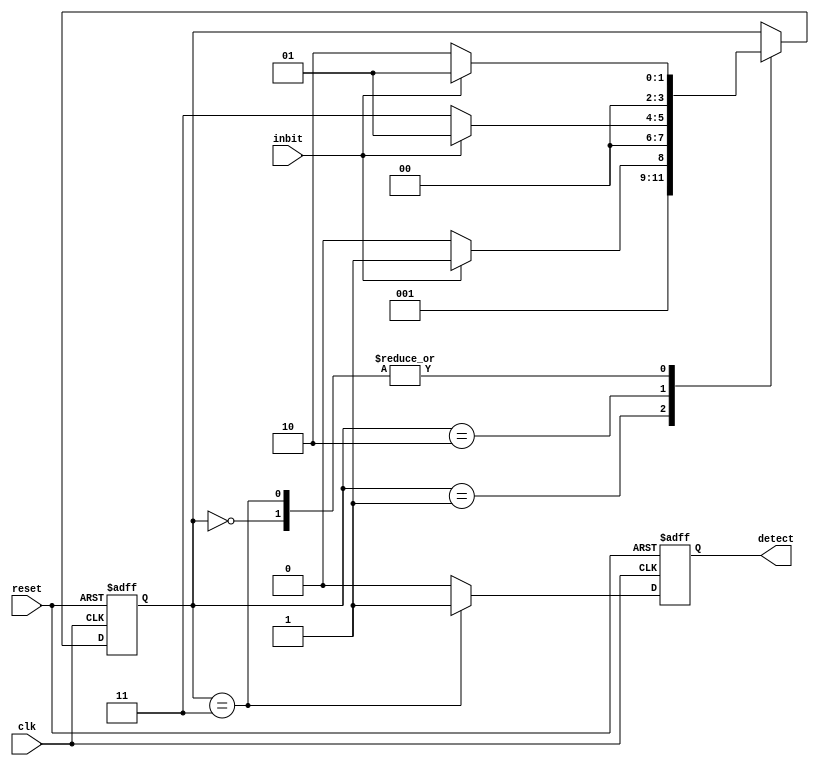
`timescale 1ns / 1ps
//////////////////////////////////////////////////////////////////////////////////
// Company: 
// 
// Design Name: Moore State Machine
// Module Name: moore
// Project Name: 
// Target Devices: 
// Tool Versions: 
// Description:
//
// Dependencies: 
// 
// Revision:
// Revision 0.01 - File Created
// Additional Comments:
// 
//////////////////////////////////////////////////////////////////////////////////


module moore(clk, inbit, reset, detect);

    input clk;
    input reset;
    input inbit;
    output reg detect;
    
    reg [3:0]state;
    
    initial begin
        state <=2'b00;
    end 
    always @(posedge clk, posedge reset)
    begin
    if(reset)
    state <= 2'b00;
    else
    begin
        case(state)
        2'b00:
        begin
            if(inbit) state <= 2'b01;
            else      state <= 2'b10;
        end
        2'b01:
        begin
            if(inbit) state <= 2'b11;
            else      state <= 2'b10;
        end
        2'b10:
        begin
            if(inbit) state <= 2'b01;
            else      state <= 2'b11;
       end
       2'b11:
       begin
            if(inbit) state <= 2'b01;
            else      state <= 2'b10;
       end
       endcase
    end
    end
    
    always @(posedge clk, posedge reset)
    begin
        if(reset)
            detect <= 0;
        else if(state == 2'b11)
            detect <= 1;
        else detect <= 0;
    end
     
endmodule